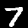
Digit: 7